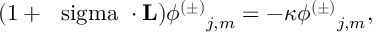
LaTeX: ( 1 + { { \mathrm { \boldmath ~ \ s i g m a ~ } } \cdot { \bf L } } ) { { \phi ^ { ( \pm ) } } _ { j , m } } = - \kappa { { \phi ^ { ( \pm ) } } _ { j , m } } ,